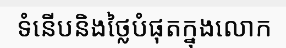
ទំនើបនិងថ្លៃបំផុតក្នុងលោក